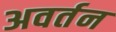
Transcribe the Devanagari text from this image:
अवर्तन